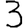
Digit: 3